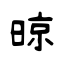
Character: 晾